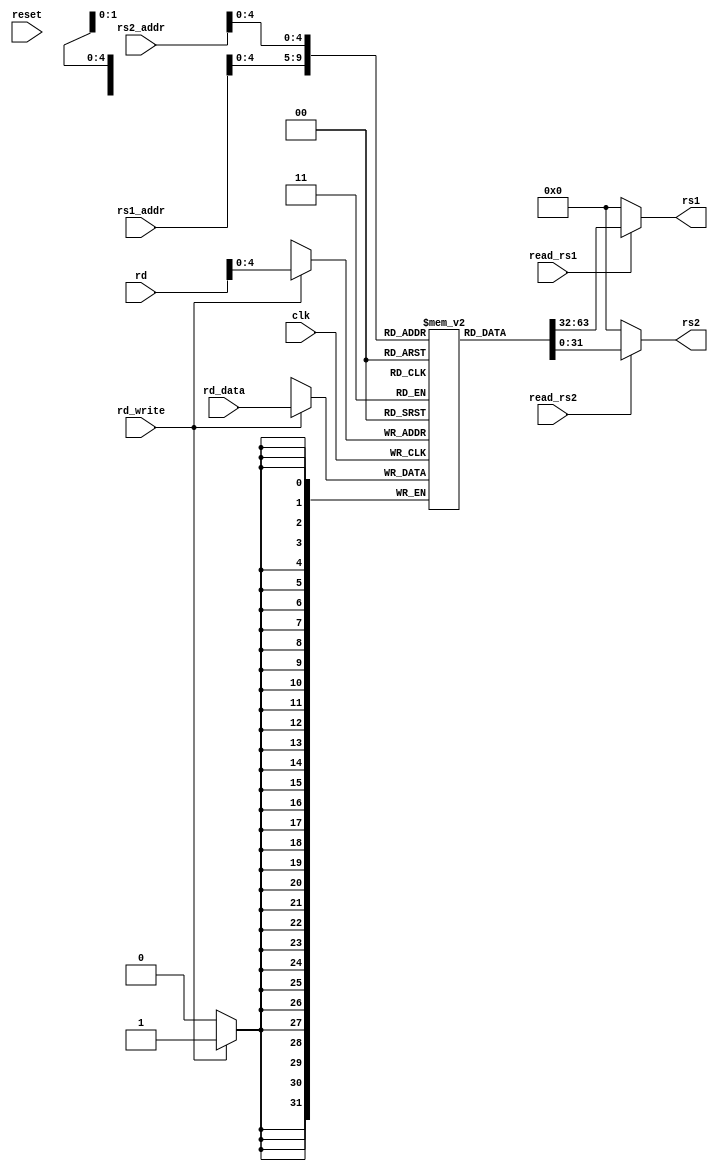
module rfile(
   input clk,
   input reset,
   input [31:0] rs1_addr,
   input [31:0] rs2_addr,
   input [31:0] rd,
   input signed [31:0] rd_data,
   input rd_write,
   input read_rs1,
   input read_rs2,
   output signed [31:0] rs1,
   output signed [31:0] rs2
   
);
   reg signed [31:0] reg_file [31:0];
   reg [7:0] i;
   
   initial begin
      for (i = 0; i<32; i=i+1) begin
         reg_file[i] <= 0;
      end
   end
   
   assign rs1 = read_rs1 ? reg_file[rs1_addr[4:0]] : 0;
   assign rs2 = read_rs2 ? reg_file[rs2_addr[4:0]] : 0;

   
   always @ (posedge clk) begin
      //rs1 <= read_rs1 ? reg_file[rs1_addr[4:0]]: 0;
      //rs2 <= read_rs2 ? reg_file[rs2_addr[4:0]]: 0;
      if(rd_write) begin
         reg_file[rd[4:0]] <= rd_data;
      end
   end
   
endmodule